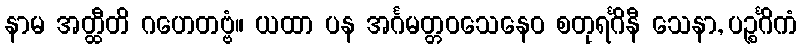
နာမ အတ္ထီတိ ဂဟေတဗ္ဗံ။ ယထာ ပန အင်္ဂမတ္တဝသေနေဝ စတုရင်္ဂိနီ သေနာ, ပဉ္စင်္ဂိကံ